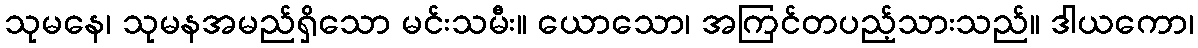
သုမနေ၊ သုမနအမည်ရှိသော မင်းသမီး။ ယောသော၊ အကြင်တပည့်သားသည်။ ဒါယကော၊